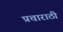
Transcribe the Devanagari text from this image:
प्रचाराठी